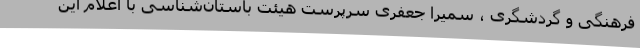
فرهنگی و گردشگری ، سمیرا جعفری سرپرست هیئت باستان‌شناسی با اعلام این